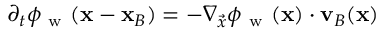
\partial _ { t } \phi _ { \mathrm { ~ w ~ } } ( \mathbf { x } - \mathbf { x } _ { B } ) = - \nabla _ { \vec { x } } \phi _ { \mathrm { ~ w ~ } } ( \mathbf { x } ) \cdot \mathbf { v } _ { B } ( \mathbf { x } )